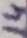
Text: 14